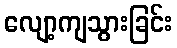
လျော့ကျသွားခြင်း